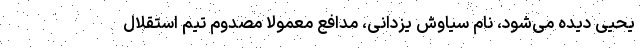
یحیی دیده می‌شود، نام سیاوش یزدانی، مدافع معمولاً مصدوم تیم استقلال